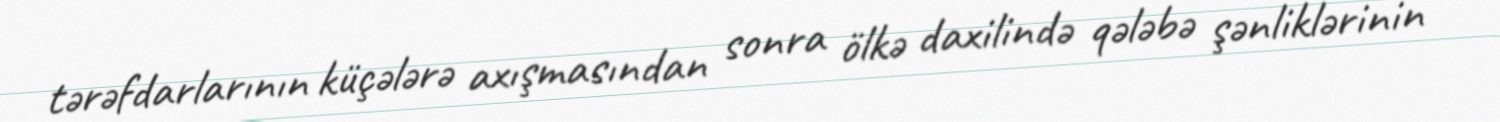
tərəfdarlarının küçələrə axışmasından sonra ölkə daxilində qələbə şənliklərinin